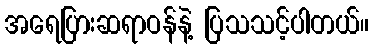
အရေပြားဆရာဝန်နဲ့ ပြသသင့်ပါတယ်။